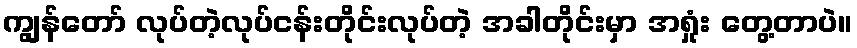
ကျွန်တော် လုပ်တဲ့လုပ်ငန်းတိုင်းလုပ်တဲ့ အခါတိုင်းမှာ အရှုံး တွေ့တာပဲ။